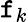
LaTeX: \mathtt{f}_{k}